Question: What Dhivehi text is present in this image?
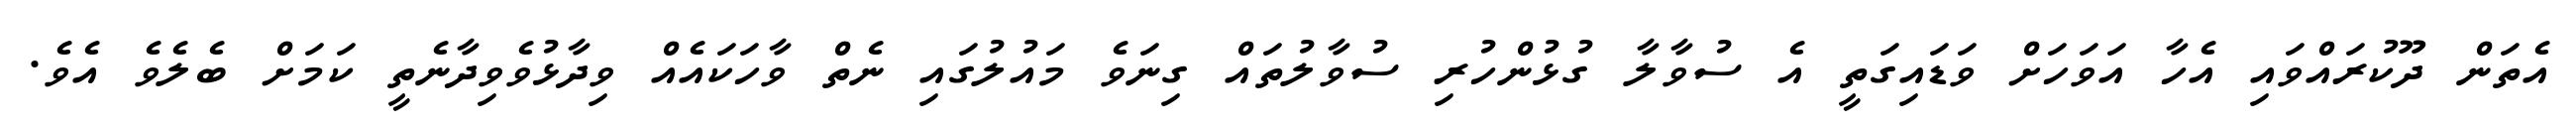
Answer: އެތަން ދޫކުރައްވައި އެހާ އަވަހަށް ވަޑައިގަތީ އެ ސުވާލާ ގުޅުންހުރި ސުވާލުތައް ގިނަވެ މައުލުގައި ނެތް ވާހަކައެއް ވިދާޅުވެވިދާނެތީ ކަމަށް ބެލެވެ އެވެ.